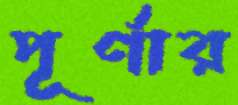
পূর্ণার